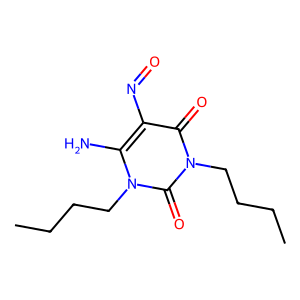
SMILES: CCCCn1c(N)c(N=O)c(=O)n(CCCC)c1=O
Inhibits HIV replication: No